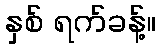
နှစ် ရက်ခန့်။